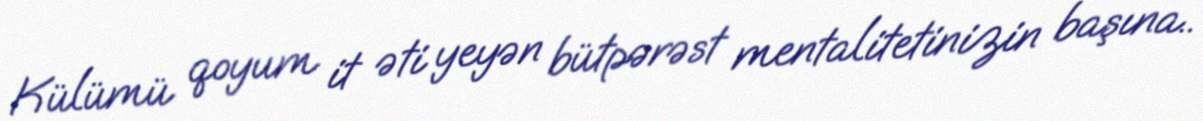
Külümü qoyum it əti yeyən bütpərəst mentalitetinizin başına..